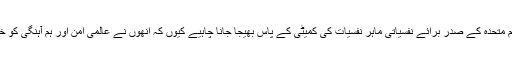
ان کے معاملے کو اقوام متحدہ کے صدر برائے نفسیاتی ماہر نفسیات کی کمیٹی کے پاس بھیجا جانا چاہیے کیوں کہ انھوں نے عالمی امن اور ہم آہنگی کو خطرے میں ڈال دیا ہے۔